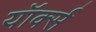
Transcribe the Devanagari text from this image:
यॉर्क्स